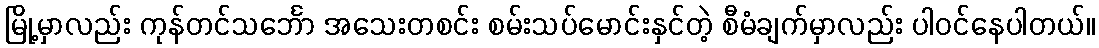
မြို့မှာလည်း ကုန်တင်သင်္ဘော အသေးတစင်း စမ်းသပ်မောင်းနှင်တဲ့ စီမံချက်မှာလည်း ပါဝင်နေပါတယ်။